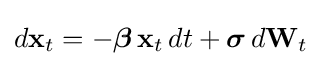
d\mathbf {x} _{t}=-{\boldsymbol {\beta }}\,\mathbf {x} _{t}\,dt+{\boldsymbol {\sigma }}\,d\mathbf {W} _{t}